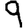
Digit: 9